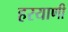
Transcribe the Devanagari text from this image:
हरयाणी